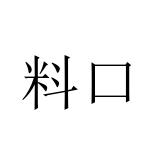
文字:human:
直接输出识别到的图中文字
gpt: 料口